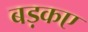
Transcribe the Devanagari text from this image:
बड़कए